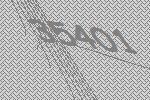
35401